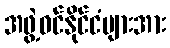
အဖွဲ့ဝင်နိုင်ငံများအား